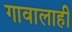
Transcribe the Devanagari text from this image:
गावालाही